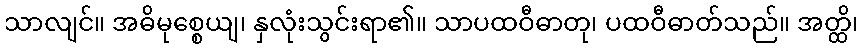
သာလျင်။ အဓိမုစ္စေယျ၊ နှလုံးသွင်းရာ၏။ သာပထဝီဓာတု၊ ပထဝီဓာတ်သည်။ အတ္ထိ၊